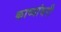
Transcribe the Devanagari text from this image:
काव्यांबरी